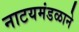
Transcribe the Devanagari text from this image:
नाटयमंडळाने